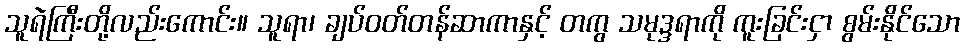
သူရဲကြီးတို့လည်းကောင်း။ သူရာ၊ ချပ်ဝတ်တန်ဆာကာနှင့် တကွ သမုဒ္ဒရာကို ကူးခြင်းငှာ စွမ်းနိုင်သော